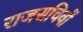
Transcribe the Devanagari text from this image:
राजसचिवों